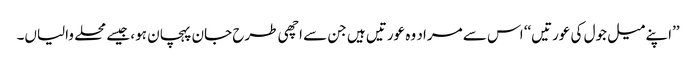
’’اپنے میل جول کی عورتیں‘‘ اس سے مراد وہ عورتیں ہیں جن سے اچھی طرح جان پہچان ہو، جیسے محلے والیاں۔